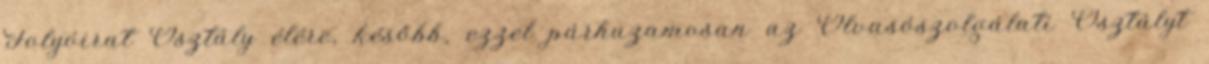
Folyóirat Osztály élére, később, ezzel párhuzamosan az Olvasószolgálati Osztályt